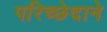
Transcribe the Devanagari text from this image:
परिच्छेदाने